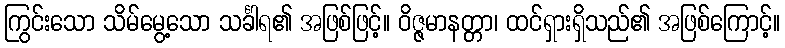
ကြွင်းသော သိမ်မွေ့သော သင်္ခါရ၏ အဖြစ်ဖြင့်။ ဝိဇ္ဇမာနတ္တာ၊ ထင်ရှားရှိသည်၏ အဖြစ်ကြောင့်။